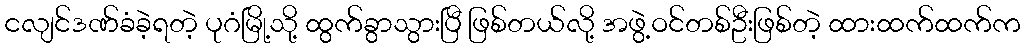
ငလျင်ဒဏ်ခံခဲ့ရတဲ့ ပုဂံမြို့သို့ ထွက်ခွာသွားပြီ ဖြစ်တယ်လို့ အဖွဲ့ဝင်တစ်ဦးဖြစ်တဲ့ ထားထက်ထက်က